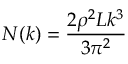
N ( k ) = \frac { 2 \rho ^ { 2 } L k ^ { 3 } } { 3 \pi ^ { 2 } }